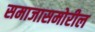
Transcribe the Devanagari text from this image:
समाजासमोरील